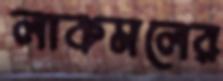
লাকমলের